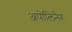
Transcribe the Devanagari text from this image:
अपोलिनैर